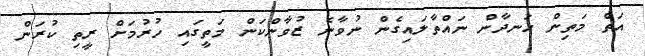
އަތް މަތިން ހަނދާން ނައްތާލައިގެން ނުވާނެ ޒުވާންކަން މަތީގައި ހުރުމަށް ރީތި ކުރަން